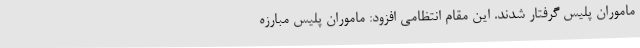
ماموران پلیس گرفتار شدند. این مقام انتظامی افزود: ماموران پلیس مبارزه